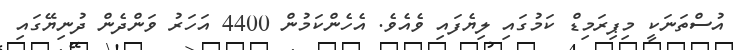
އުސްތަނަކީ މިޕިރަމިޑް ކަމުގައި ލިޔެފައި ވެއެވެ. އެހެންކަމުން 4400 އަހަރު ވަންދެން ދުނިޔޭގައި